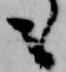
も